Seli_vallavalitsus_Parnumaal, lk 20
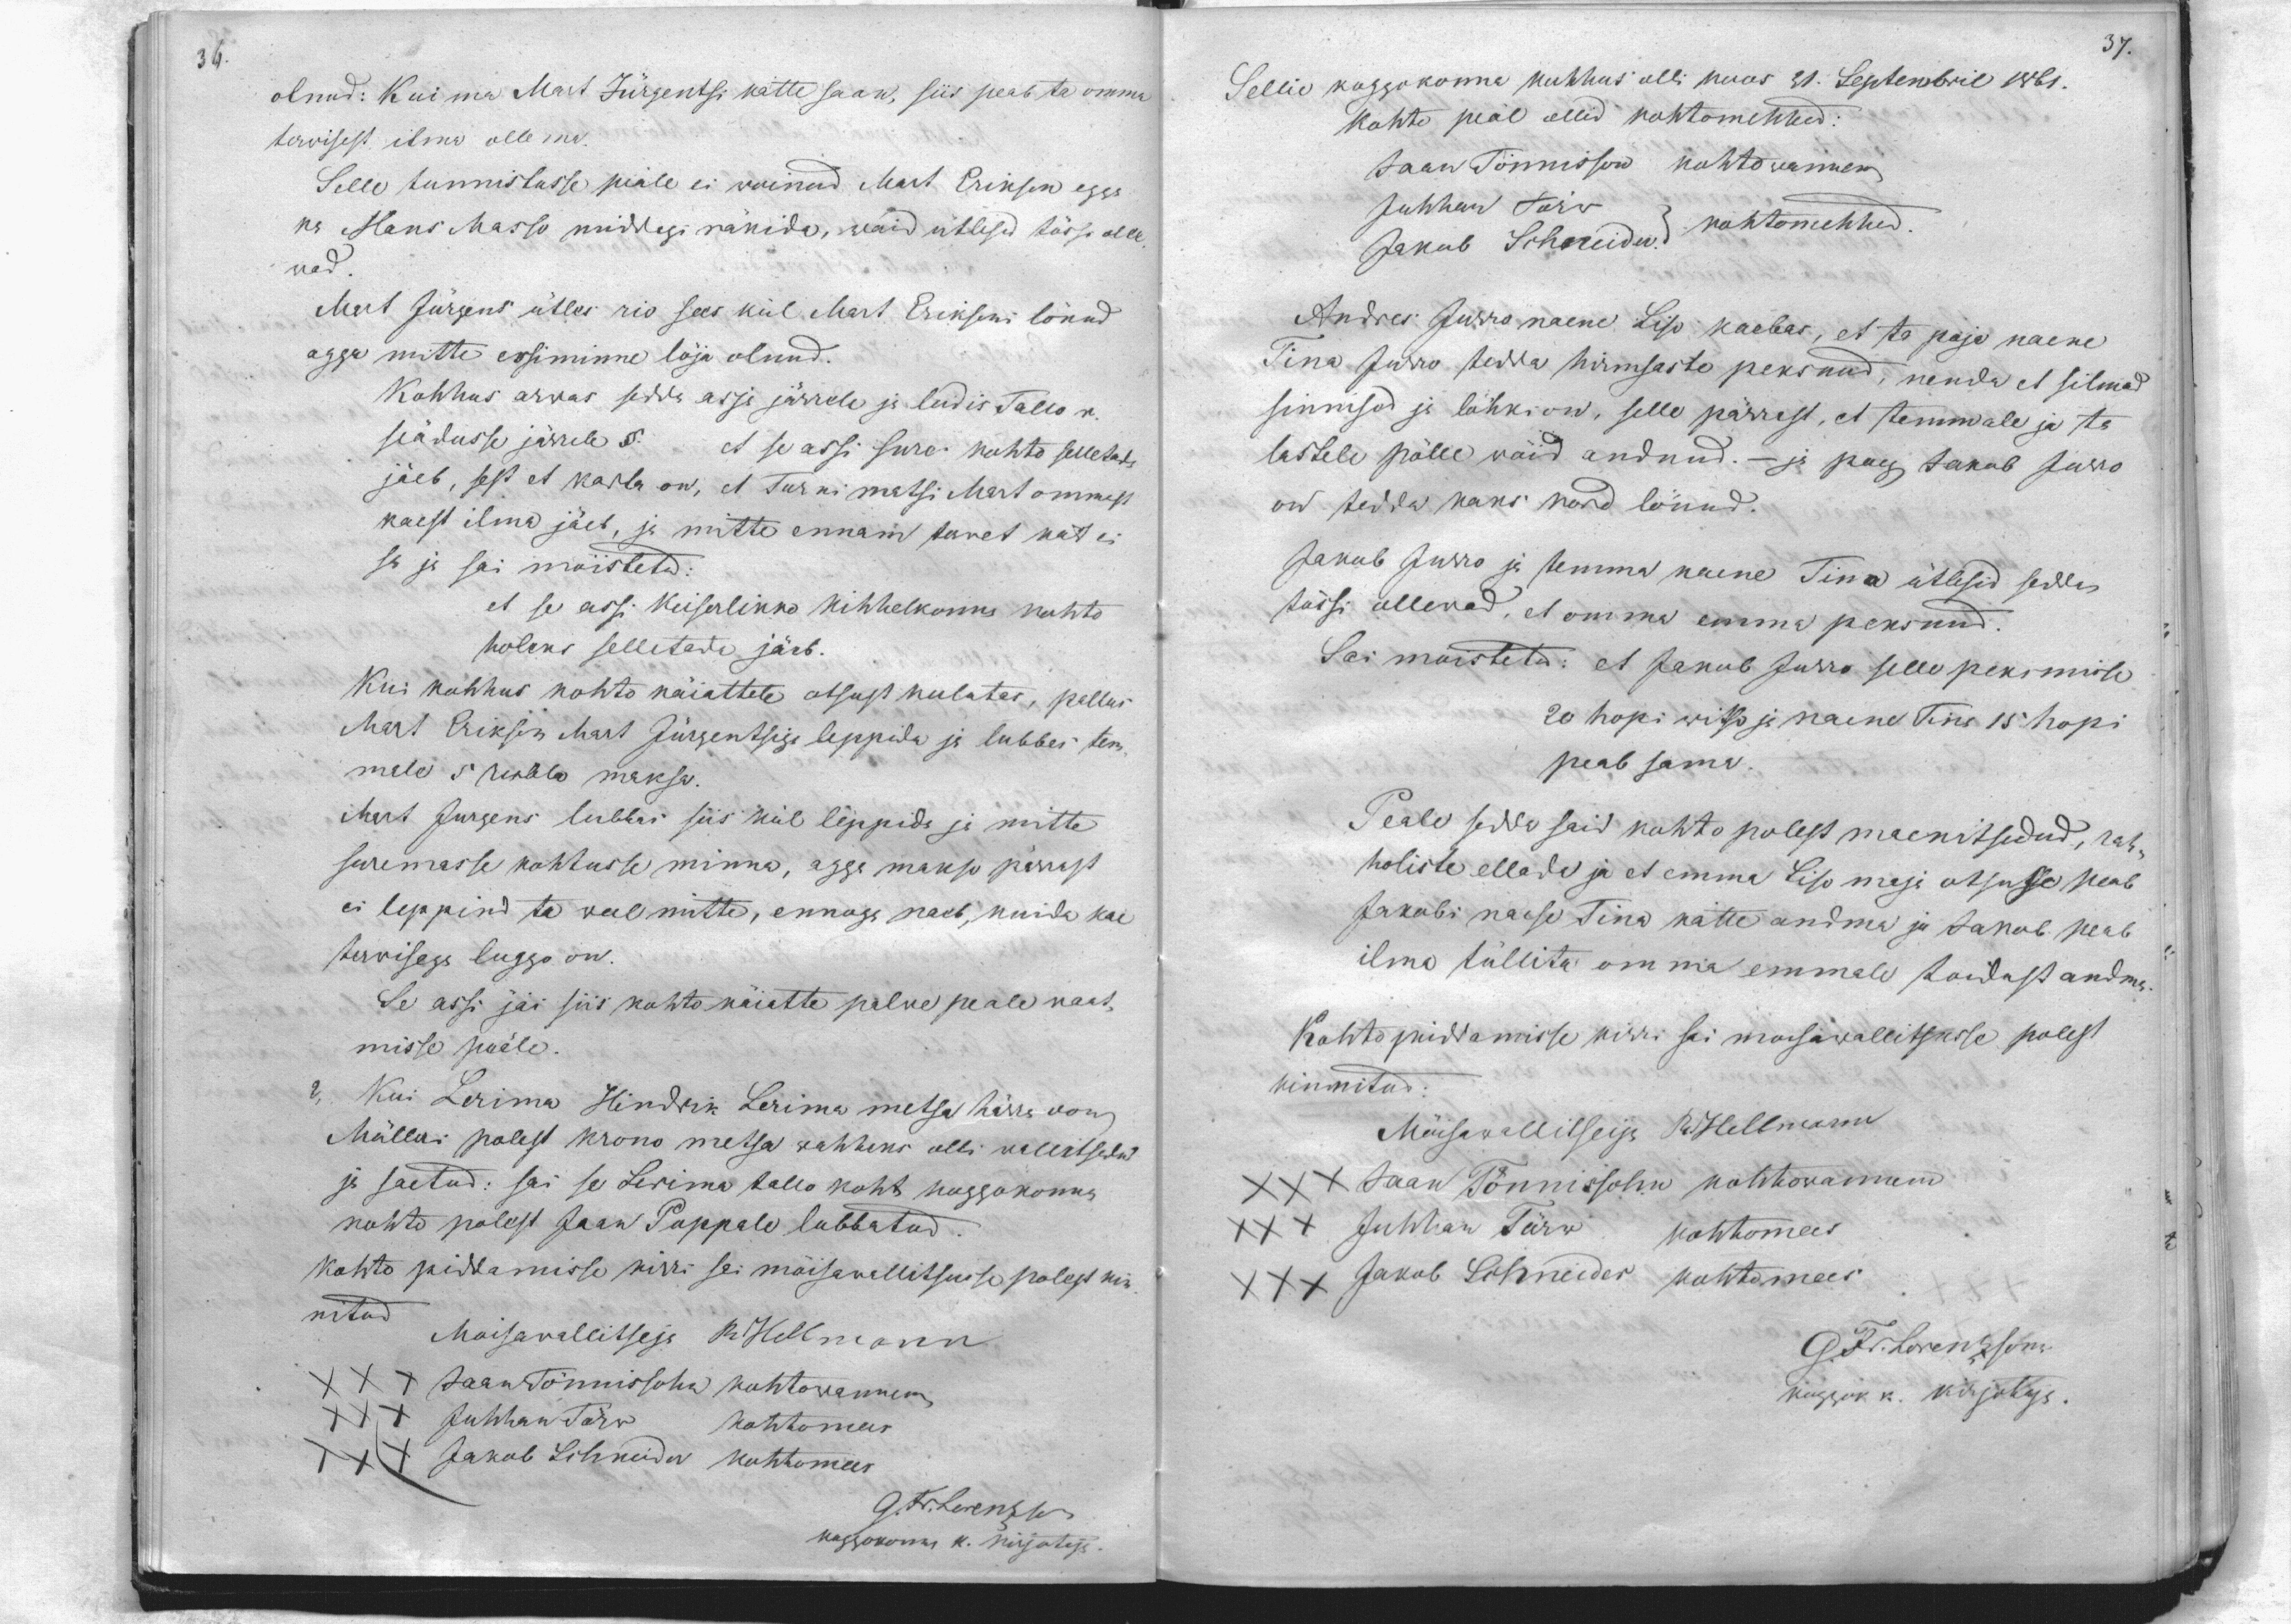
36.

37.

olnud: Kui ma Mart Jürgentsi kätte saan, siis peab ta omma
terwisest ilma olle ma.
Selle tunnistusse peale ei woinud Mart Erikson egga
ka Hans Masso midagi räkida, waid ütlesid tössi olle
wad.
Mart Jürgens ütles rio sees kül Mart Eriksoni lönud
agga mitte essiminne löja olnud.
Kohhus arwas sedda asja järrele ja leidis Tallo r.
seädusse järrele § . et se assi sure kohto selletata
jäeb, sest et karta on, et Turnimatsi Mart ommast
kaest ilma jäeb, ja mitte ennam terwet kät ei
sa ja sai möistetud:
et se assi Keiserlikko kihhelkonna kohto
holeks selletada jäeb
Kui kohhus kohto käiattele otsust kulotas, pallus
Mart Erikson Mart Jürgentsiga leppida ja lubbas tem-
male 5 rubla maksa.
Mart Jurgens lubbas siis kül leppida ja mitte
suremasse kohtusse minna, agga makso pärrast
ei leppind ta weel mitte, ennoge naeb, kuida kae
terwisega luggo on.
Se assi jäi siis kohto käiatte palwe peale waat-
misse peäle.
Kui Lerima Hindrik Lerima metsa hürra von
Mülleri polest krono metsa wahheks olli wallitsetud
ja saetud: sai se Lerima tallo koht koggokonna
kohto polest Jaan Puppale lubbatud.
Kohto piddamisse kirri sai möisawallitsusse polest kin-
nitud
Moisawallitseja R. Hellmann
XXX Jaan Tönnissohn kohtowannem
XXX Juhhan Törw kohtomees
XXX Jakob Schneider kohtomees
G. Fr. Lorenzson
koggokonna k. kirjotaja

Sellie koggokonna kohhus olli koos 31. Septembril 1861.
kohto peal ollid kohtomehhed:
Jaan Tönnisson kohtowannem
Jakob Schneider kohtomehhed
Juhhan Törw
Andres Jurro naene Liso kaebas, et ta poja naene
Tina Jurro tedda hirmsaste peksnud, nenda et silmad
sinnised ja lohki on, selle pärrast, et temmale ja ta
lastele pölle wöid andnud. - ja poeg Jakob Jurro
on tedda kaks kord lönud.
Jakob Jurro ja temma naene Tina ütlesid sedda
tössi ollewad, et omma emma peksnud.
Sai möistetud: et Jakob Jurro selle peksmise
20 hopi witso ja naine Tina 15 hopi
peab sama.
Peale sedda said kohto polest maenitsedud, rah-
holiste ellada ja et emma Liso maja otsuse peab
Jakobi naese Tina kätte andma ja Jakob peab
ilma tüllita om ma emmale toidust andma,
Kohto piddamisse kirri sai moisawallitsusse polest
kinnitud
Möisawallitseija R. Hellmann
XXX Jaan Tönnissohn kohtowannem
XXX Juhhan Törw kohtomees
XXX Jakob Schneider kohtomees
G. Fr. Lorenzson
koggok k. kirjotaja.